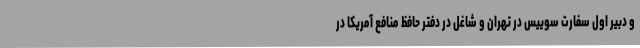
و دبیر اول سفارت سوییس در تهران و شاغل در دفتر حافظ منافع آمریکا در